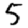
Digit: 5